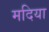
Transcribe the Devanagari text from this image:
मदिया